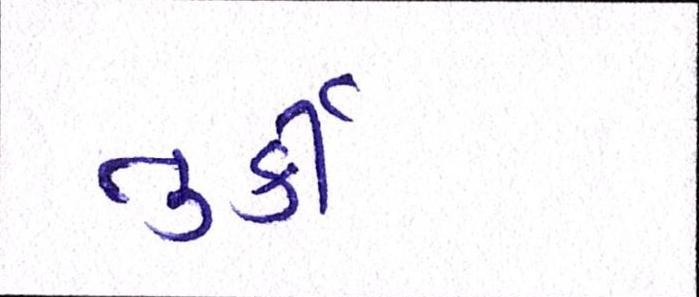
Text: તુર્કી